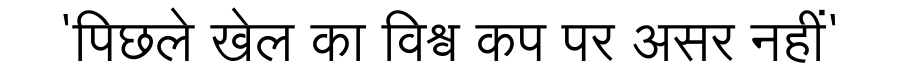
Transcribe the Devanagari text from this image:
'पिछले खेल का विश्व कप पर असर नहीं'